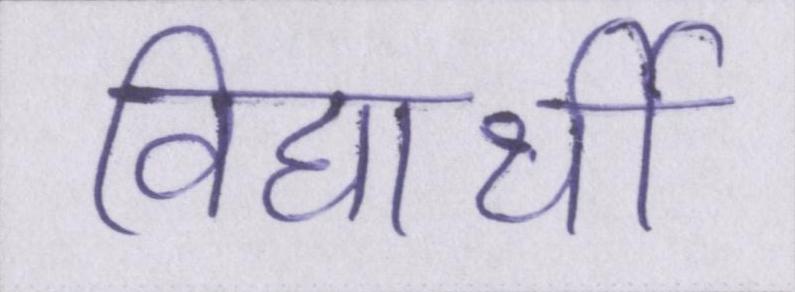
विद्यार्थी